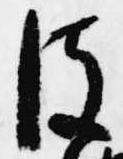
彼